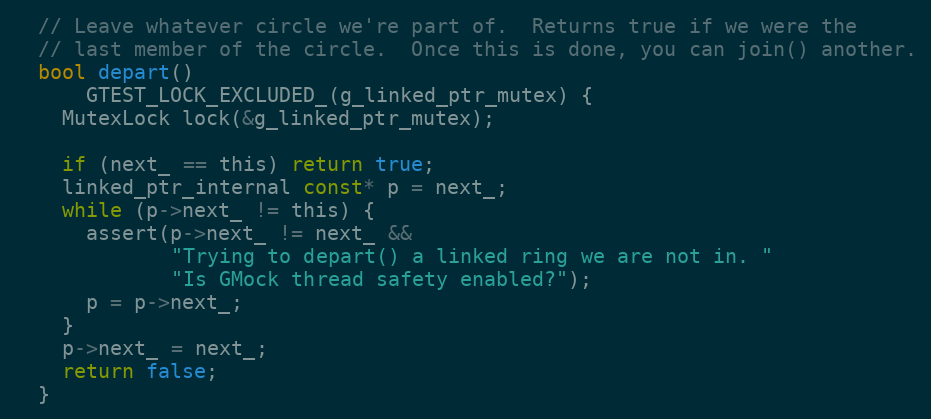
Language: C
  // Leave whatever circle we're part of.  Returns true if we were the
  // last member of the circle.  Once this is done, you can join() another.
  bool depart()
      GTEST_LOCK_EXCLUDED_(g_linked_ptr_mutex) {
    MutexLock lock(&g_linked_ptr_mutex);

    if (next_ == this) return true;
    linked_ptr_internal const* p = next_;
    while (p->next_ != this) {
      assert(p->next_ != next_ &&
             "Trying to depart() a linked ring we are not in. "
             "Is GMock thread safety enabled?");
      p = p->next_;
    }
    p->next_ = next_;
    return false;
  }